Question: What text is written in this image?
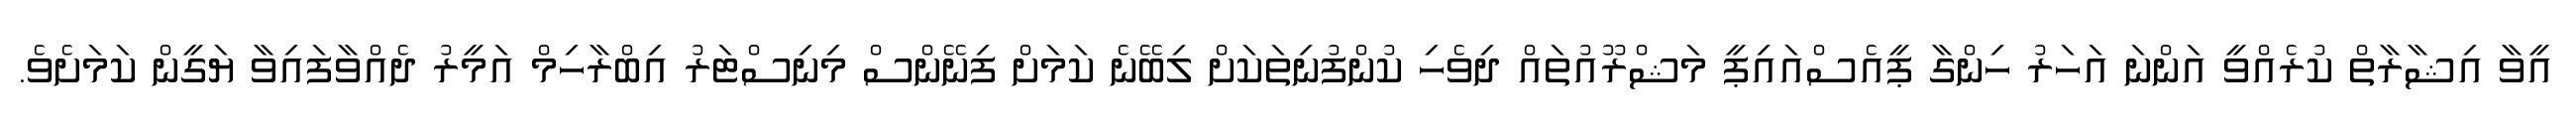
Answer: އީވާ އިޝާރާތް ކުރެއްވީ އަންނަ އަހަރު ހިންގާ ޕީއެސްއައިޕީ މަޝްރޫއުތައް ދިވެހި ކުންފުނިތަކަށް ލިބޭނެ ކަމަށް ފިނޭންސް މިނިސްޓަރު އިބްރާހިމް އަމީރު ދެއްވާފައިވާ ޔަގީން ކަމަށެވެ.